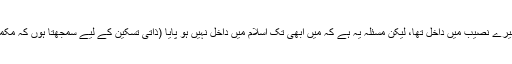
اسلام تو میری آنکھ کھلنے سے پہلے میرے نصیب میں داخل تھا، لیکن مسئلہ یہ ہے کہ میں ابھی تک اسلام میں داخل نہیں ہو پایا (ذاتی تسکین کے لیے سمجھتا ہوں کہ مکمل طور پر اسلام میں داخل نہیں ہو پایا)۔